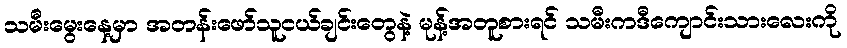
သမီးမွေးနေ့မှာ အတန်းဖော်သူငယ်ချင်းတွေနဲ့ မုန့်အတူစားရင် သမီးကဒီကျောင်းသားလေးကို